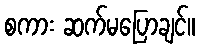
စကား ဆက်မပြောချင်။